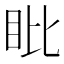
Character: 䀝